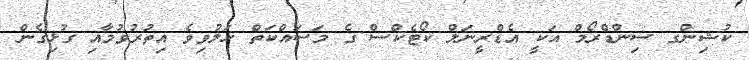
ކުޝިންގ ސިންޑްރޯމް އަކީ އެޑްރީނަލް ކޯޓެކްސް ގެ މަސައްކަތް ހަލުވިވެ އިތުރުވުމާއި ގުޅިގެން